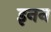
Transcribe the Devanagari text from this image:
इनन